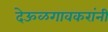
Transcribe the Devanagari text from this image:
देऊळगावकरांनी